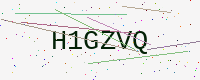
Text: H1GZVQ